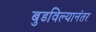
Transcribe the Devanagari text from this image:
बुडविल्यानंतर